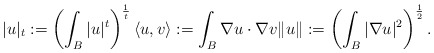
\begin{align*}|u|_t:=\left(\int_{{B}}|u|^t\right)^\frac{1}{t}\langle u,v\rangle:=\int_{B} \nabla u \cdot \nabla v\|u\|:=\left(\int_{B} |\nabla u|^2\right)^\frac{1}{2}.\end{align*}